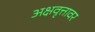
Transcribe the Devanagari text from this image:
अक्षवृत्तावर